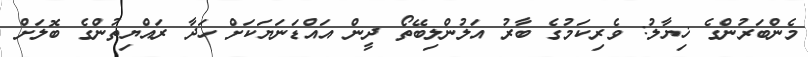
މެންބަރުންގެ ޚިޔާލު: ވެރިކަމުގެ ބާރު އަލުންލިބޭތޯ ދީން އައްޑަނަޔަކަށް ހަދާ ރައްޔިތުންގެ ބޮލަށް